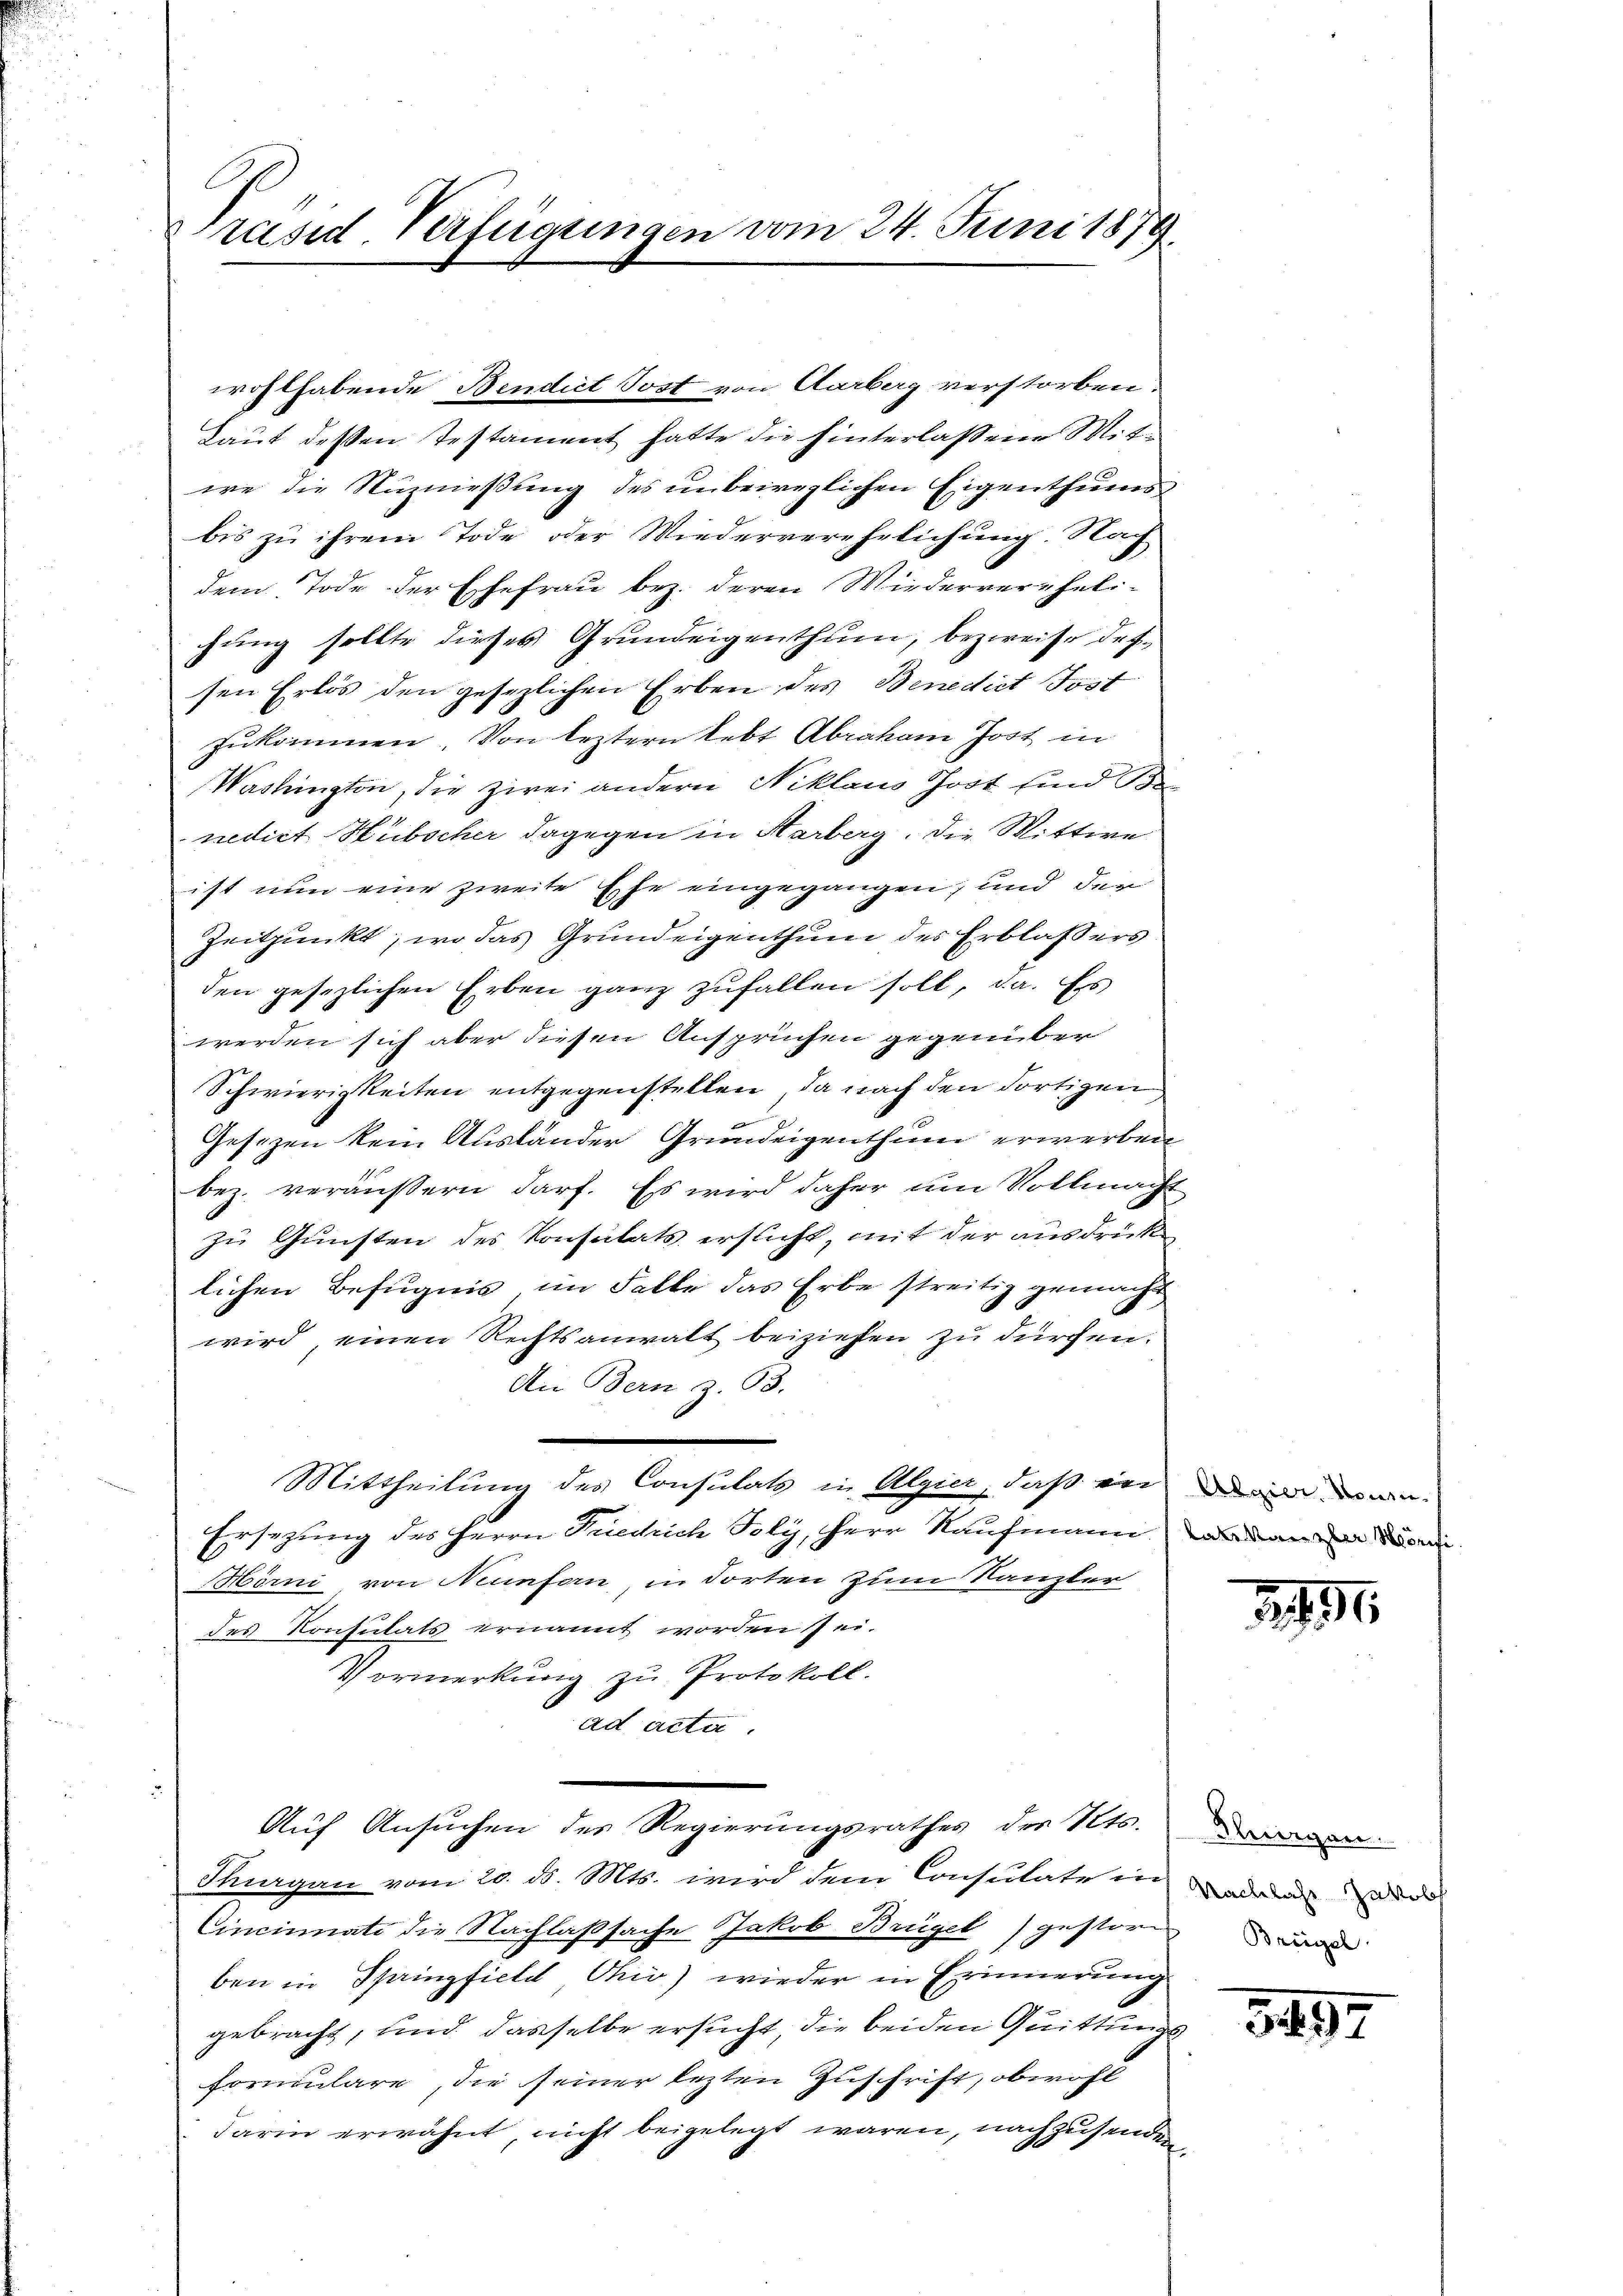
Präsid. Verfügungen vom 24. Juni 1879.

wohlhabende Bendict Post von Aarberg verstorben.
Laut dessen Testament hatte die hinterlassene Mitie die Nuzniessung des unbeweglichen Eigenthums
bis zu ihrem Tode oder Wiederverehelichung. Nach
dem Tode der Ehefrau bez. deren Wiederverehelichung sollte dieses Grundeigenthum, bezweife dessen Erlös den gesezlichen Erben des Benedict Jost
zukommen. Von leztern lebt Abraham Jost in
Washington, die zwei andern Niklaus Jost und Be
nedict Hübscher dagegen in Harberg. Die Mittwe
ist nun eine zweite Ehe eingegangen, und den
Zeitpunkt, wo das Grundeigenthum des Erblassers
den gesezlichen Erben ganz zufallen soll, da. Es
werden sich aber diesen Ansprüchen gegenüber
Schwierigkeiten entgegenstellen, da nach den dortigen
Gesezen kein Auslander Grundeigenthum erwerben
bez. veräußern darf. Es wird daher um Vollmacht
zu Gunsten des Konsulats ersicht, mit der ausdrücklichen Befugnis im Falle das Erbe streitig gemacht
wird, einen Rechtsanwalt beiziehen zu dürfen.
An Bern z. 93.
Mittheilung des Consulats in Algier, daß in
Ersezung des Herrn Friedrich Foly, Herr Kaufmann
Hörni von Neunforn, in dorten zum Kanzler
des Konsulats ernannt worden sei.
Vormerkung zu Protokoll.
ad acta.
Auf Ansuchen des Regierungsrathes der Tits.
Thurgau vom 20. ds. Mts. wird dem Consulate in
Cincinati die Nachlaßsache Jakob Brügel gestören
ben in Springfiel Ohio) wieder in Erinnerung
gebracht, und dasselbe ersucht, die beiden Quittungs
formulare, die seiner lezten Zuschrift, obwohl
darin erwähnt nicht beigelegt waren, nachzusende

Algier, denen
latskanzler Mörifi

291.

Flurgen.
Nachlas Jakob

3497